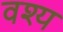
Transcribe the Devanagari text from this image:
वश्य